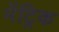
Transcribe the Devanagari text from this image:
मेंट्रिक